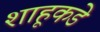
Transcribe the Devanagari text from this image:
शाहूकडे